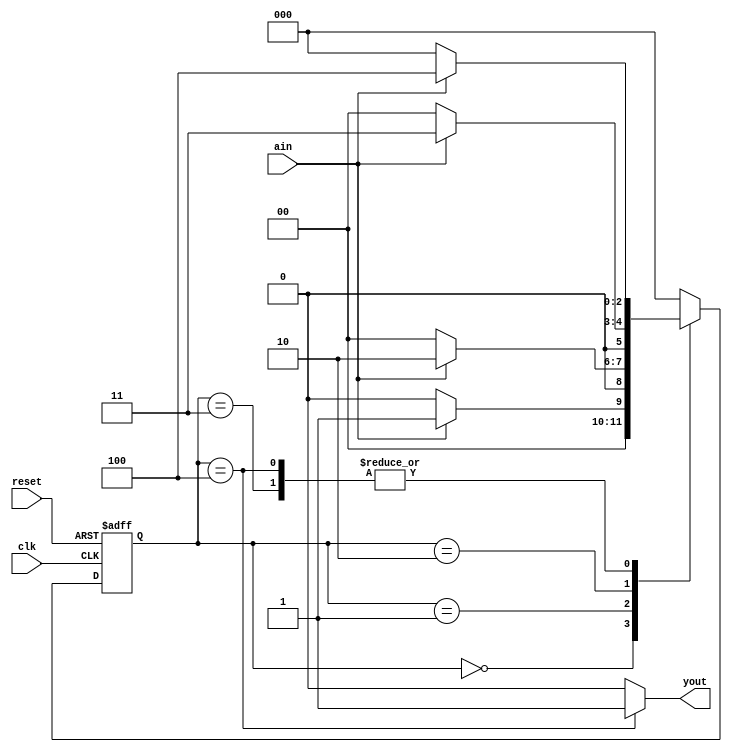
`timescale 1ns / 1ps
//////////////////////////////////////////////////////////////////////////////////
// Company: 
// Engineer: 
// 
// Design Name: 
// Module Name: consecutive_4_1s_detect
// Project Name: 
// Target Devices: 
// Tool Versions: 
// Description: 
// 
// Dependencies: 
// 
// Revision:
// Revision 0.01 - File Created
// Additional Comments:
// 
//////////////////////////////////////////////////////////////////////////////////


module consecutive_4_1s_detect(
input ain, 
input clk, reset,
output reg yout
);

reg [2:0] state = 3'b000, next_state;
parameter S0 = 3'b000, S1 = 3'b001, S2 = 3'b010, S3 = 3'b011, S4 = 3'b100;

//to update state
always @(posedge clk or posedge reset)
begin
  if (reset == 1'b1)
    state <= S0; 
  else
    state <= next_state;
end

always @(state or ain)
begin
  case (state)
  S0: begin if (ain == 1'b1)
        next_state = S1;
      else 
        next_state = S0;
      end
   S1: begin if (ain == 1'b1)
         next_state = S2;
       else
         next_state = S0;
       end 
    S2: begin if (ain == 1'b1)
          next_state = S3;
        else
          next_state = S0;
        end
    S3: begin if (ain == 1'b1)
          next_state = S4;
        else
          next_state = S0;
        end
    S4: begin if (ain == 1'b1)
          next_state = S4;
        else
          next_state = S0;
        end
     default: next_state = S0;
     endcase
end

always @(state)
begin
  case (state)
   S0, S1, S2, S3: yout = 1'b0;
   S4: yout = 1'b1;
  default: yout = 1'b0; 
  endcase
end

endmodule